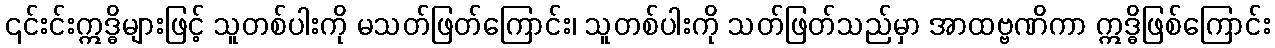
၎င်းင်းဣဒ္ဓိများဖြင့် သူတစ်ပါးကို မသတ်ဖြတ်ကြောင်း၊ သူတစ်ပါးကို သတ်ဖြတ်သည်မှာ အာထဗ္ဗဏိကာ ဣဒ္ဓိဖြစ်ကြောင်း